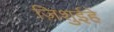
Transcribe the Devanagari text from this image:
ज़िशुईहे